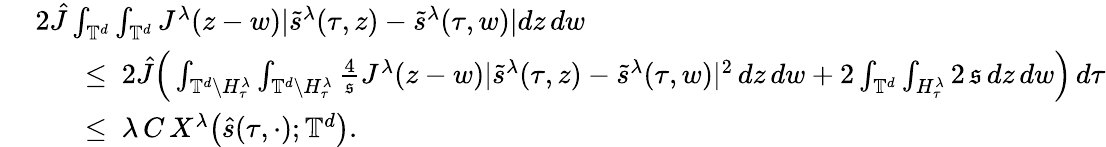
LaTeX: \begin{array}{rl}&{\ 2\hat{J}\int_{\mathbb{T}^{d}}\int_{\mathbb{T}^{d}}J^{\lambda}(z-w)|\tilde{s}^{\lambda}(\tau,z)-\tilde{s}^{\lambda}(\tau,w)|dz\, dw}\\ &{\quad\quad\leq\ 2\hat{J}\Big(\int_{\mathbb{T}^{d}\backslash H_{\tau}^{\lambda}}\int_{\mathbb{T}^{d}\backslash H_{\tau}^{\lambda}}\frac{4}{\mathfrak{s}}J^{\lambda}(z-w)|\tilde{s}^{\lambda}(\tau,z)-\tilde{s}^{\lambda}(\tau,w)|^{2}\, dz\, dw+2\int_{\mathbb{T}^{d}}\int_{H_{\tau}^{\lambda}}2\, \mathfrak{s}\, dz\, dw\Big)\, d\tau}\\ &{\quad\quad\leq\ \lambda\, C\, X^{\lambda}\big(\hat{s}(\tau,\cdot);\mathbb{T}^{d}\big).}\end{array}